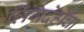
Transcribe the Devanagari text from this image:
लिंगदेहाचा